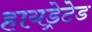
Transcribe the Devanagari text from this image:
हायड्रेटेड